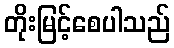
တိုးမြင့်စေပါသည်